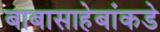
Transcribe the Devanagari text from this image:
बाबासाहेबांकडे